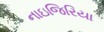
નાઇજિરિયા